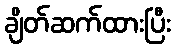
ချိတ်ဆက်ထားပြီး